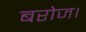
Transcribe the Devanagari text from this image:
बरोज।